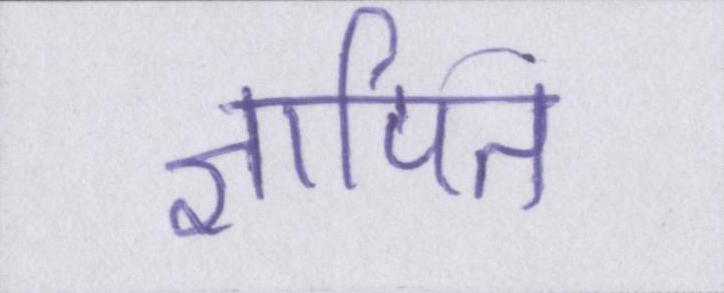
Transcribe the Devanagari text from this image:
ज्ञापित